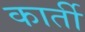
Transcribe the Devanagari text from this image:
कार्ती